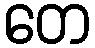
တေ